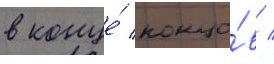
в конце́ концо́в /